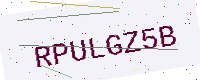
Text: RPULGZ5B